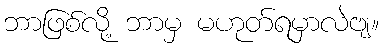
ဘာဖြစ်လို့ ဘာမှ မဟုတ်ရမှာလဲဗျ။